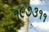
૧૯૭૩૧૧